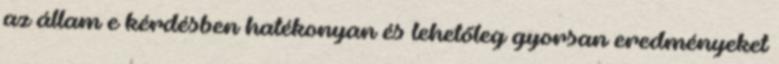
az állam e kérdésben hatékonyan és lehetőleg gyorsan eredményeket